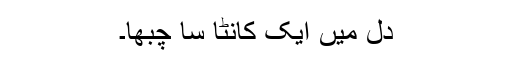
دل میں ایک کانٹا سا چبھا۔